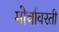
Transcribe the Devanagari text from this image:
मोर्चावरती